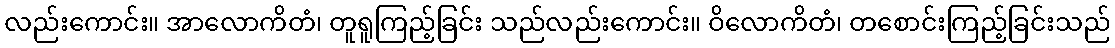
လည်းကောင်း။ အာလောကိတံ၊ တူရူကြည့်ခြင်း သည်လည်းကောင်း။ ဝိလောကိတံ၊ တစောင်းကြည့်ခြင်းသည်